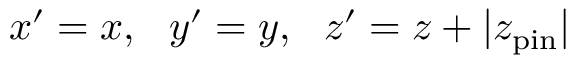
\begin{array} { r } { x ^ { \prime } = x , \ \ y ^ { \prime } = y , \ \ z ^ { \prime } = z + \vert z _ { \mathrm { p i n } } \vert } \end{array}